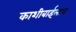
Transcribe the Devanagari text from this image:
काशीबाईलाच